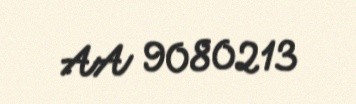
AA 9080213